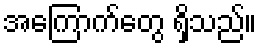
အကြောက်တွေ ရှိသည်။